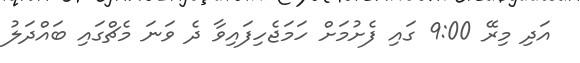
އަދި މިރޭ 9:00 ގައި ފެށުމަށް ހަމަޖެހިފައިވާ ދެ ވަނަ މެޗްގައި ބައްދަލު